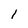
Character: l